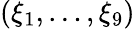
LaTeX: (\xi_{1},\ldots,\xi_{9})